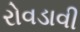
રોવડાવી